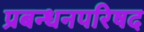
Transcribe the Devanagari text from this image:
प्रबन्धनपरिषद